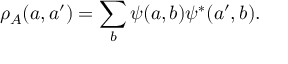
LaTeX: \rho _ { A } ( a , a ^ { \prime } ) = \sum _ { b } \psi ( a , b ) \psi ^ { * } ( a ^ { \prime } , b ) .